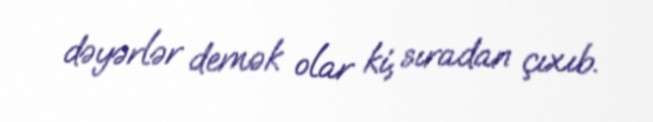
dəyərlər demək olar ki, sıradan çıxıb.